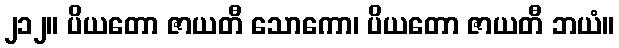
၂၁၂။ ပိယတော ဇာယတီ သောကော၊ ပိယတော ဇာယတီ ဘယံ။